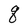
Character: q